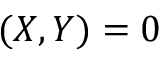
( X , Y ) = 0